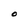
Character: O